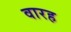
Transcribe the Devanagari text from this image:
वारह